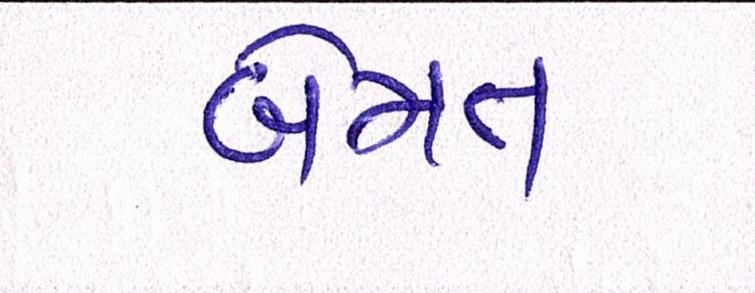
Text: બેમત